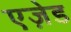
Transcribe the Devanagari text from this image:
एज़ेड